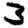
Digit: 3